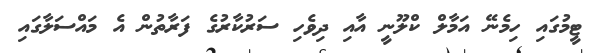
ޓީމުގައި ހިމެނޭ އަމާލް ކްލޫނީ އާއި ދިވެހި ސަރުކާރުގެ ފަރާތުން އެ މައްސަލާގައި